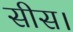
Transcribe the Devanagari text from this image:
सीस।